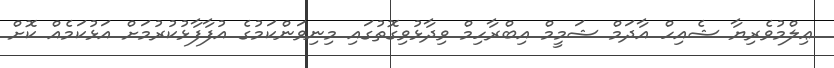
ޢިލްމުވެރިޔާ ޝެއިހް އާދަމް ޝަމީމް އިބްރާހިމް ވިދާޅުވިގޮތުގައި މިނިވަންކަމުގެ އުފާފާޅުކުރުމަށް އަޅުކަމެއް ކޮށް